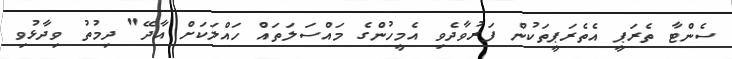
ސެންޓާ ތެރަޕީ އެތެރަޕީތަކުން ފަރުވާދެވި އެމީހުންގެ މައްސަލަތައް ހައްލަކަށް އާދޭ" ދިމުތު ވިދާޅުވި